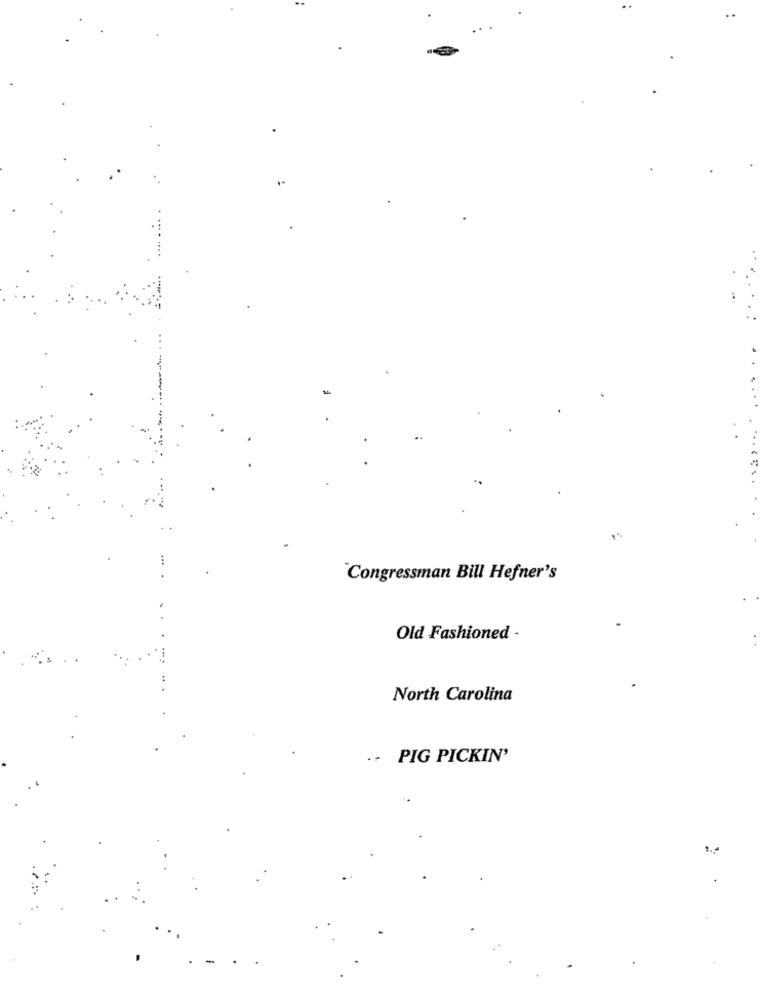
Congressman Bill Hefner's
Old Fashioned -
North Carolina
.- PIG PICKIN'